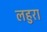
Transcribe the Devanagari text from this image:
लहुरा